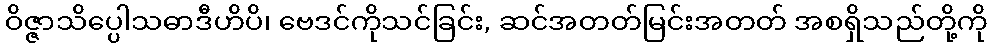
ဝိဇ္ဇာသိပ္ပေါသဓာဒီဟိပိ၊ ဗေဒင်ကိုသင်ခြင်း, ဆင်အတတ်မြင်းအတတ် အစရှိသည်တို့ကို